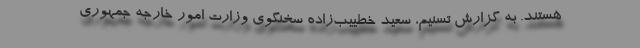
هستند. به گزارش تسنیم، سعید خطییب‌زاده سخنگوی وزارت امور خارجه جمهوری